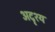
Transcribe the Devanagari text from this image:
अदॄश्य